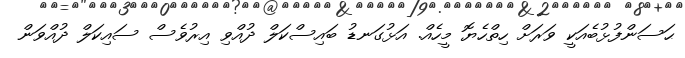
ޙަސަންފުޅުބެއަކީ ވަރަށް ހިތްހެޔޮ މީހެއް. އަޅުގަނޑު ބައިސްކަލް ދުއްވި އިރުވެސް ސައިކަލް ދުއްވަން